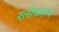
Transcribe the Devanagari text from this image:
श्लोकरूप